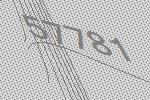
57781